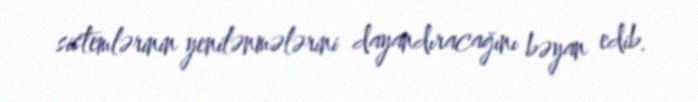
sistemlərinin yenilənmələrini dayandıracağını bəyan edib.